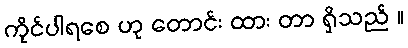
ကိုင်ပါရစေ ဟု တောင်း ထား တာ ရှိသည် ။